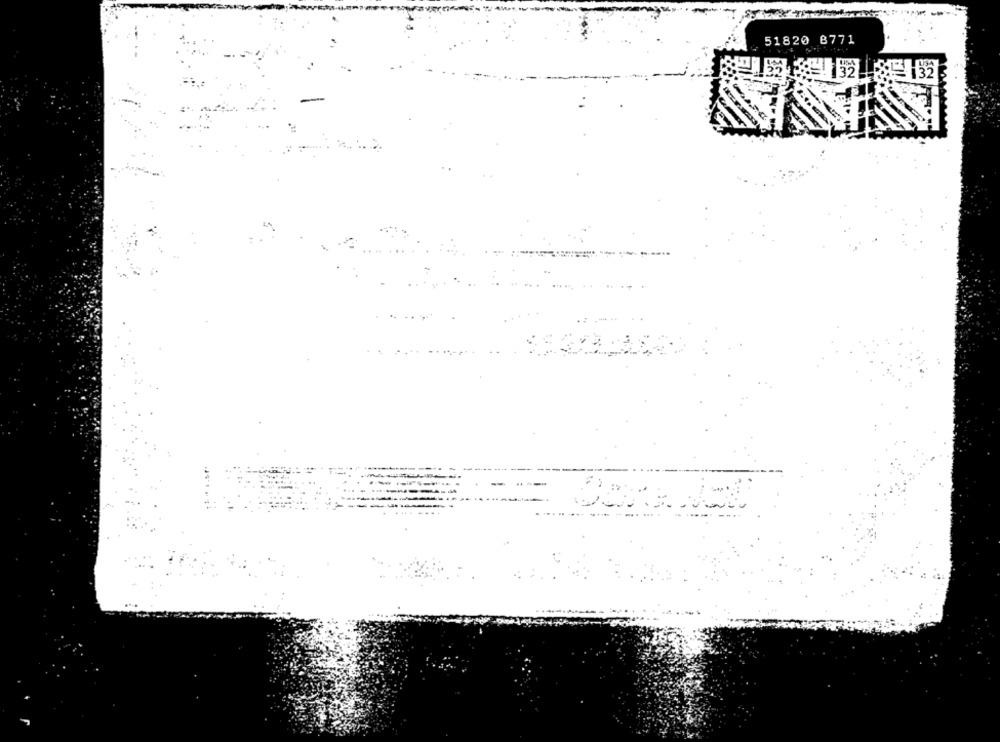
51820 8771
!52 85 62